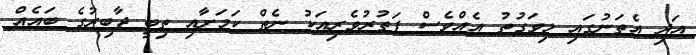
އަދި އެތަނުގައި މިވަގުތު އެއްވެސް ފަތުރުވެރިއަކު ނެތް ކަމަށާއި ތިބީ ޖާބިރުގެ ބައެއް